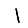
Digit: 1